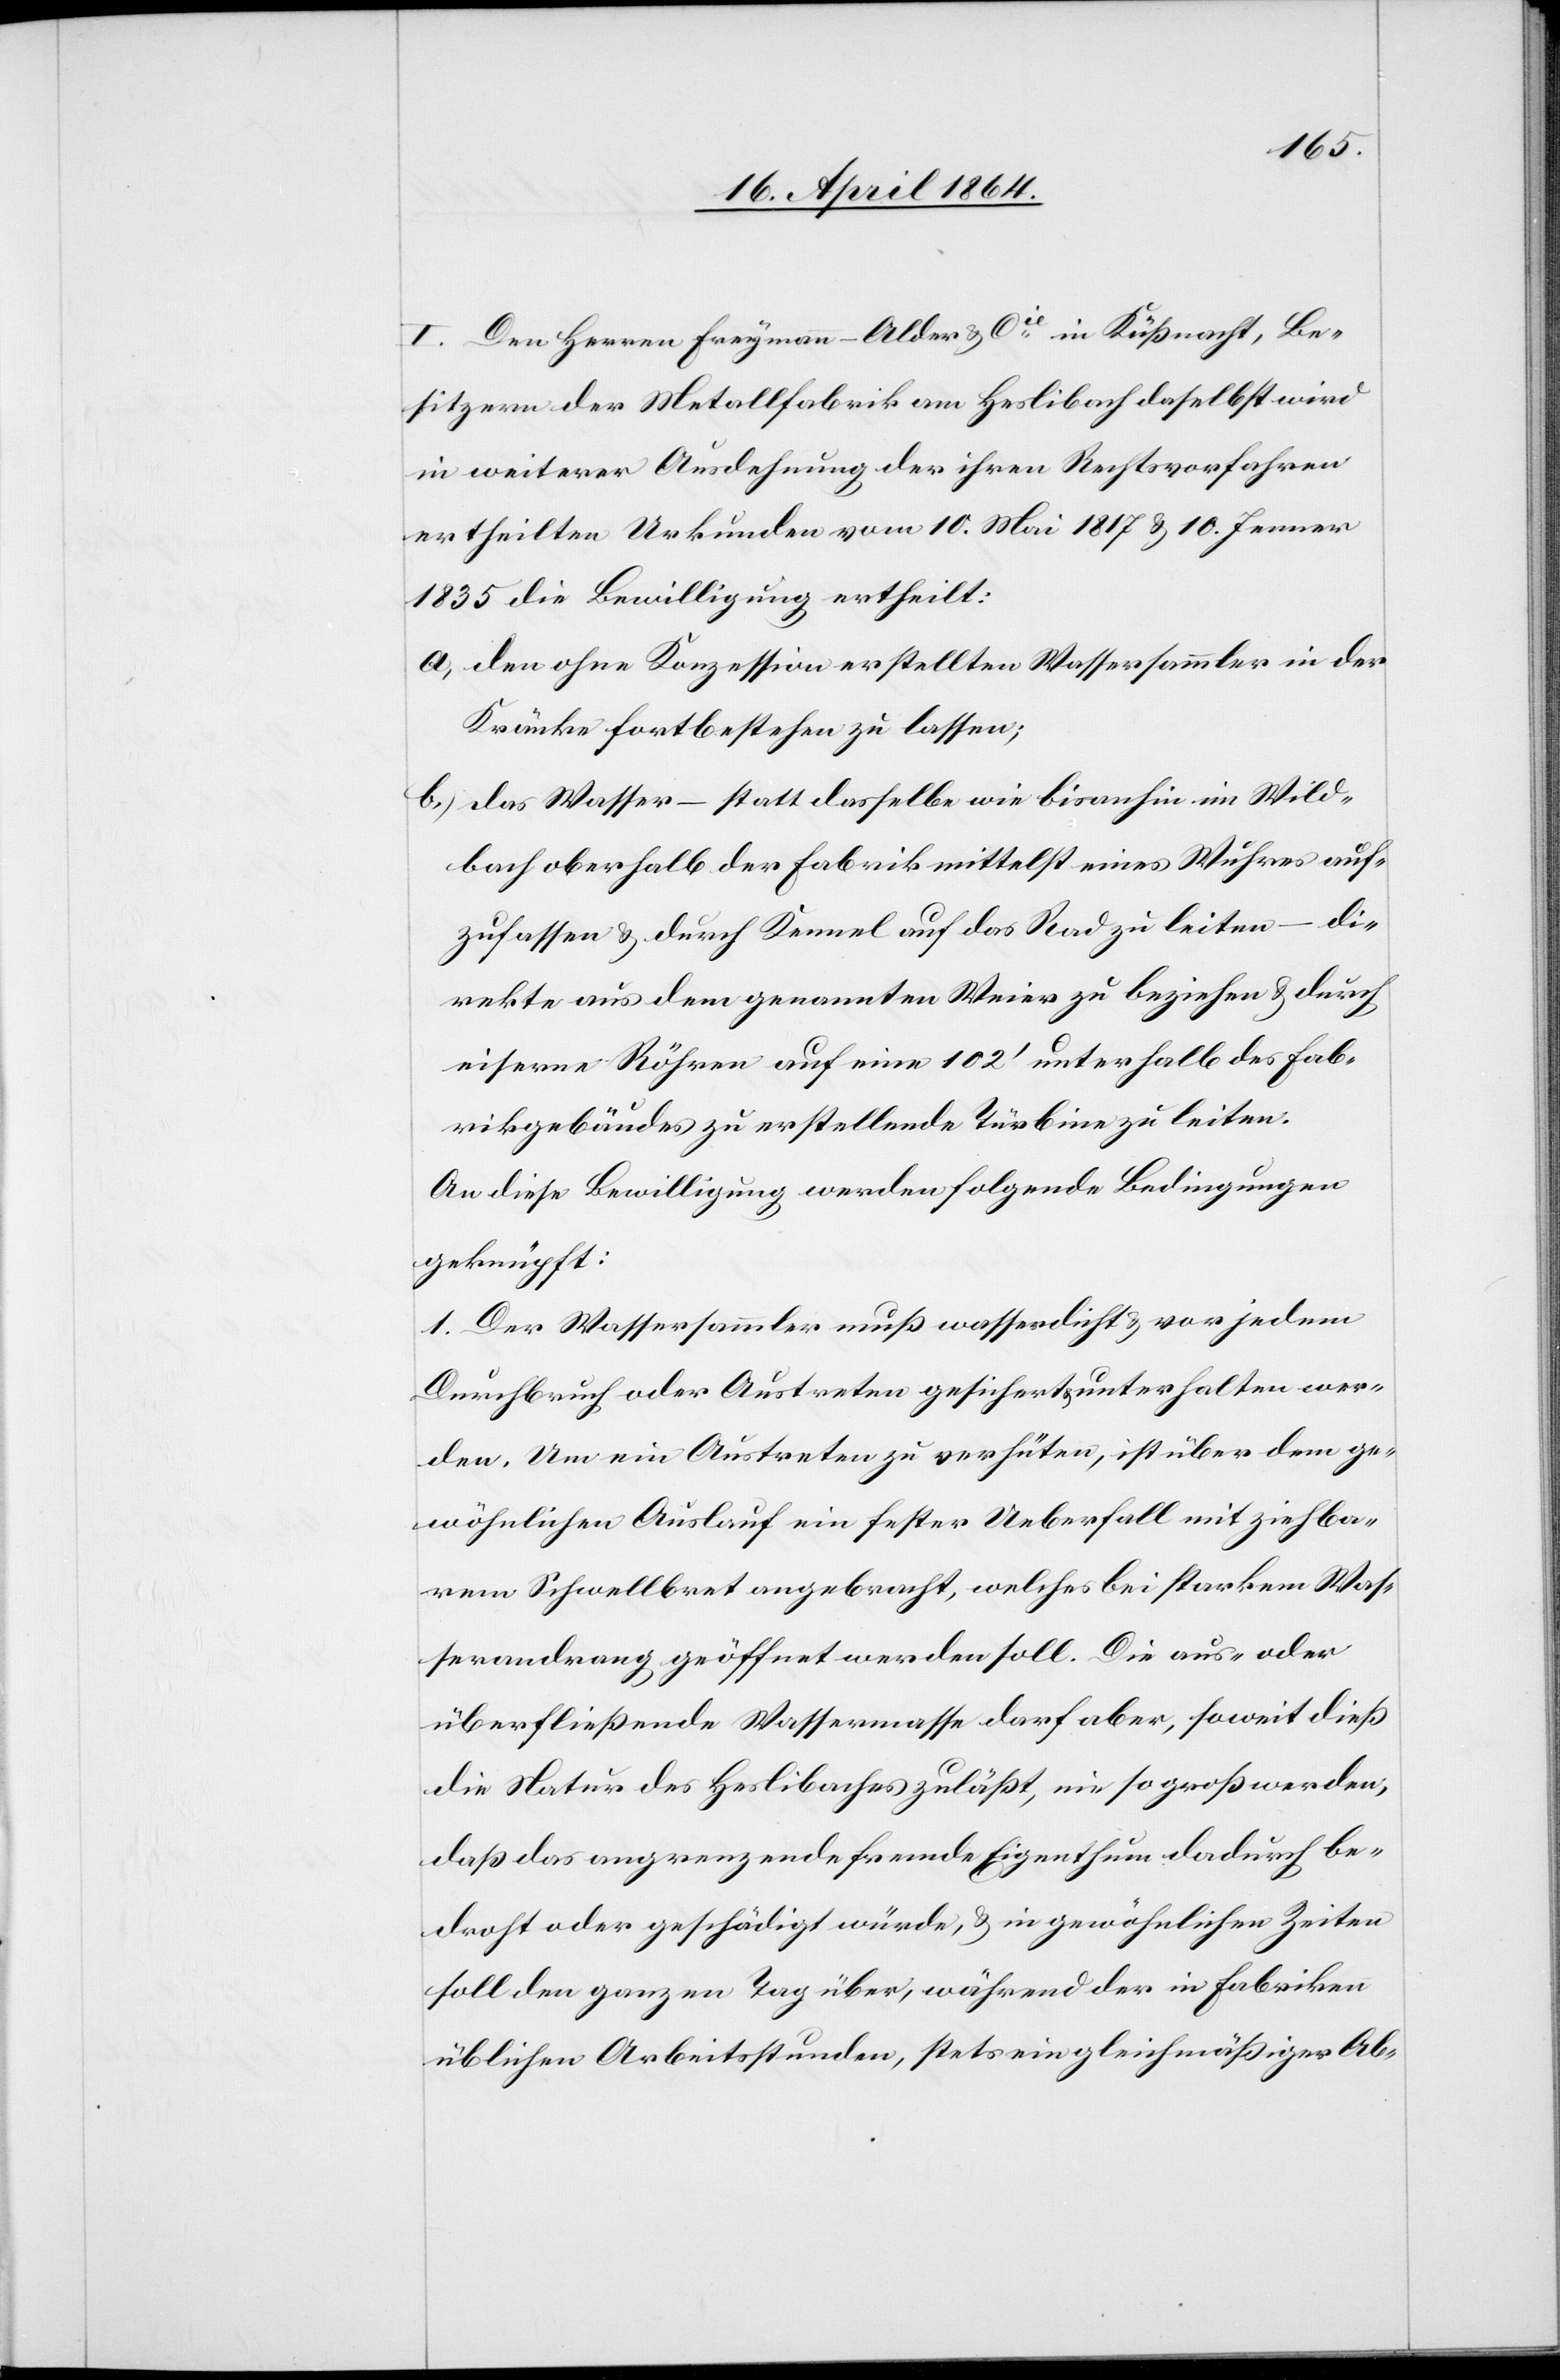
I. Den Herren Freymann-Alder & Cie in Küßnacht, Be¬
sitzern der Metallfabrik am Haslibach daselbst wird
in weiterer Ausdehnung der ihren Rechtsvorfahren
ertheilten Urkunden vom 10. Mai 1817 u. 10. Jenner
1835 die Bewilligung ertheilt:
a.) den ohne Konzession erstellten Wassersammler in der
Kränke fortbestehen zu lassen;
b.) das Wasser – statt dasselbe wie bisanhin in Wild¬
bach oberhalb der Fabrik mittelst eines Wuhres auf¬
zufassen u. durch Kennel auf das Rad zu leiten – di¬
rekte aus dem genannten Weier zu beziehen u. durch
eiserne Röhren auf eine 102’ unterhalb des Fab¬
rikgebäudes zu erstellende Türbine zu leiten.
An diese Bewilligung werden folgende Bedingungen
geknüpft:
1. Der Wassersammler muß wasserdicht u. vor jedem
Durchbruch oder Austreten gesichert u. unterhalten wer¬
den. Um ein Austreten zu verhüten, ist über dem ge¬
wöhnlichen Auslauf ein fester Ueberfall mit ziehba¬
rem Schwellbret angebracht, welches bei starkem Was¬
serandrang geöffnet werden soll. Die aus- oder
überfließende Wassermasse darf aber, soweit dieß
die Natur des Haslibaches zuläßt, nie so groß werden,
daß das angrenzende fremde Eigenthum dadurch be¬
droht oder geschädigt würde, u. in gewöhnlichen Zeiten
soll den ganzen Tag über, während der in Fabriken
üblichen Arbeitsstunden, stets ein gleichmäßiger Ab-